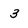
Character: 3